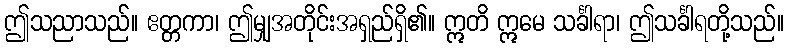
ဤသညာသည်။ ဧတ္တကာ၊ ဤမျှအတိုင်းအရှည်ရှိ၏။ ဣတိ ဣမေ သင်္ခါရာ၊ ဤသင်္ခါရတို့သည်။